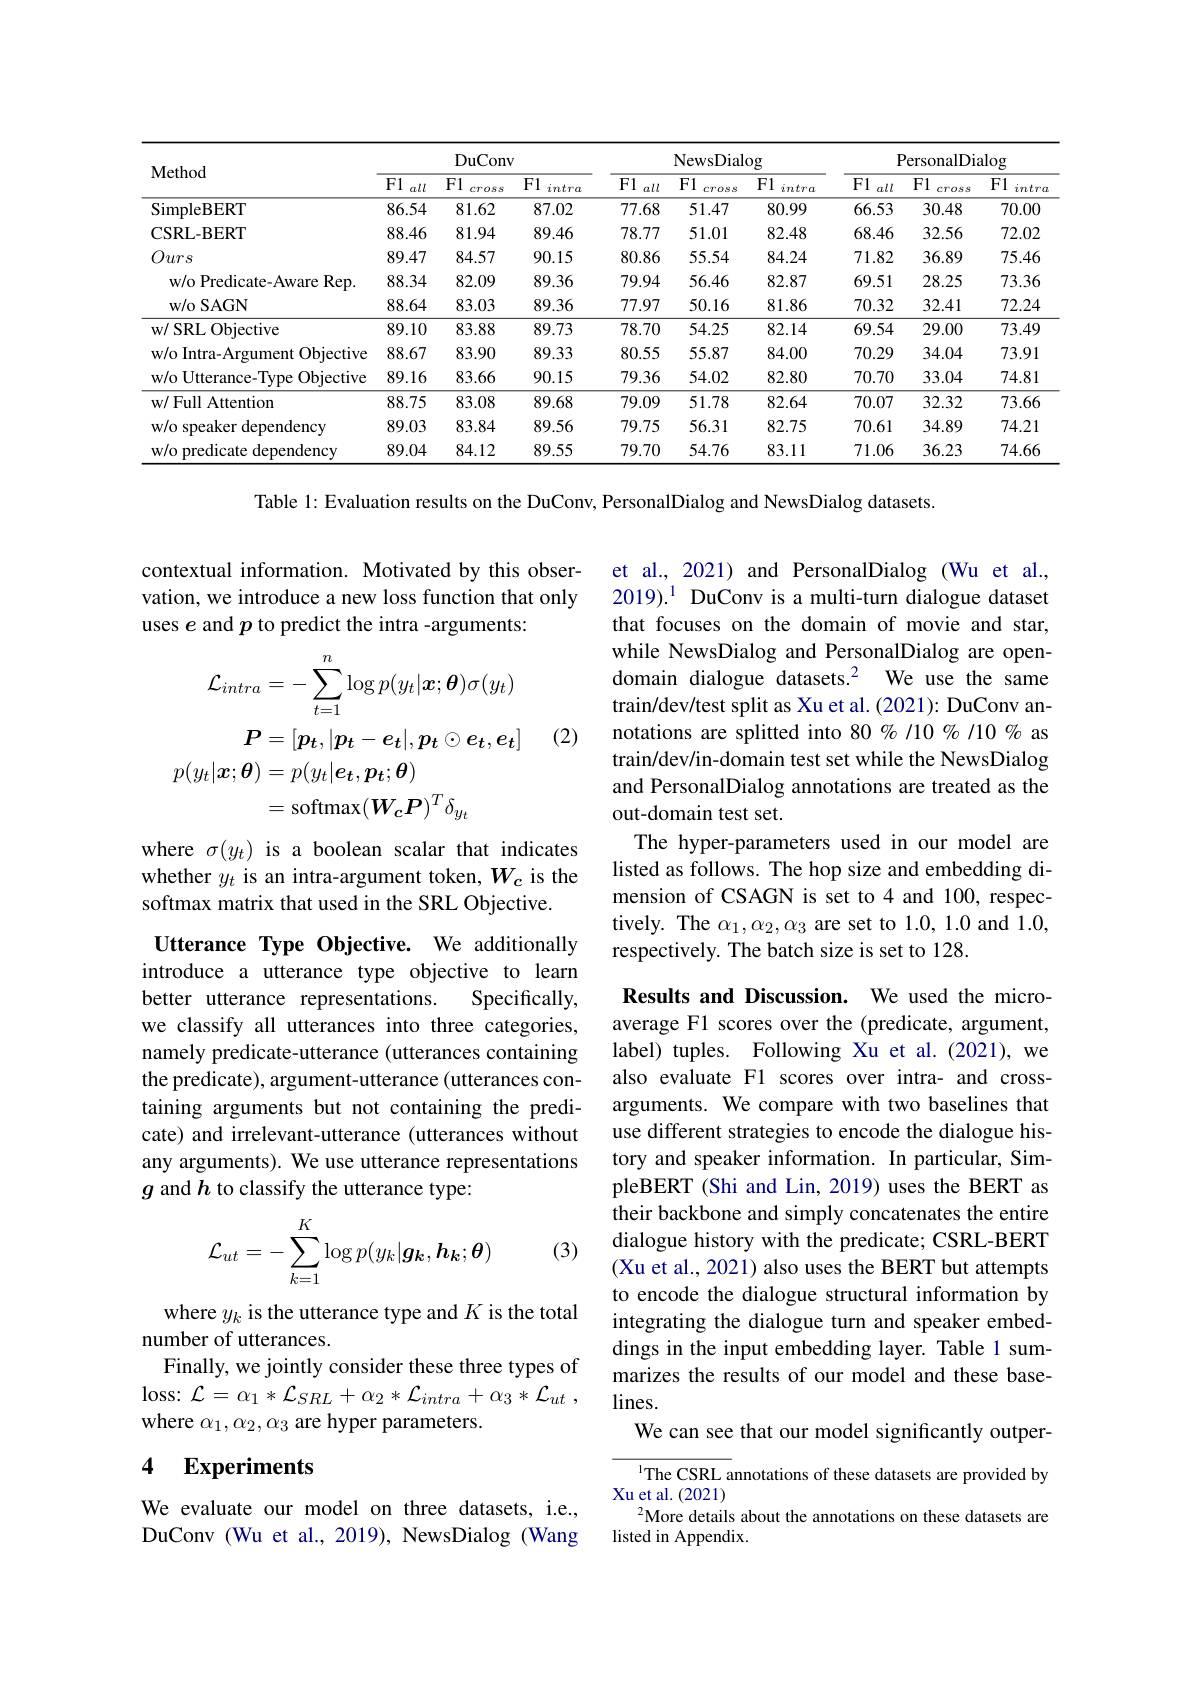
<table>
	<tbody>
		<tr>
			<th rowspan="2">Method</th>
			<th colspan="3">DuConv</th>
			<th colspan="3">NewsDialog</th>
			<th colspan="3">PersonalDialog</th>
		</tr>
		<tr>
			<th>F1 all</th>
			<th>F1 cross</th>
			<th>F1 intra</th>
			<th>F1 all</th>
			<th>F1 cross</th>
			<th>F1 intra</th>
			<th>F1 all</th>
			<th>F1 cross</th>
			<th>F1 intrc</th>
		</tr>
		<tr>
			<td>SimpleBERT</td>
			<td>86.54</td>
			<td>81.62</td>
			<td>87.02</td>
			<td>77.68</td>
			<td>51.47</td>
			<td>80.99</td>
			<td>66.53</td>
			<td>30.48</td>
			<td>70.00</td>
		</tr>
		<tr>
			<td>CSRL- BERT</td>
			<td>88.46</td>
			<td>81.94</td>
			<td>89.46</td>
			<td>78.77</td>
			<td>51.01</td>
			<td>82.48</td>
			<td>68.46</td>
			<td>32.56</td>
			<td>72.02</td>
		</tr>
		<tr>
			<td>Ours</td>
			<td>89.47</td>
			<td>84.57</td>
			<td>90.15</td>
			<td>80.86</td>
			<td>55.54</td>
			<td>84.24</td>
			<td>71.82</td>
			<td>36.89</td>
			<td>75.46</td>
		</tr>
		<tr>
			<td>w/o Predicate-Aware Rep.</td>
			<td>88.34</td>
			<td>82.09</td>
			<td>89.36</td>
			<td>79.94</td>
			<td>56.46</td>
			<td>82.87</td>
			<td>69.51</td>
			<td>28.25</td>
			<td>73.36</td>
		</tr>
		<tr>
			<td>$\mathbf{w}/$o SAGN</td>
			<td>88.64</td>
			<td>83.03</td>
			<td>89.36</td>
			<td>77.97</td>
			<td>50.16</td>
			<td>81.86</td>
			<td>70.32</td>
			<td>32.41</td>
			<td>72.24</td>
		</tr>
		<tr>
			<td>w/ SRL Objective</td>
			<td>89.10</td>
			<td>83.88</td>
			<td>89.73</td>
			<td>78.70</td>
			<td>54.25</td>
			<td>82.14</td>
			<td>69.54</td>
			<td>29.00</td>
			<td>73.49</td>
		</tr>
		<tr>
			<td>w/o Intra-Argument Objective</td>
			<td>88.67</td>
			<td>83.90</td>
			<td>89.33</td>
			<td>80.55</td>
			<td>55.87</td>
			<td>84.00</td>
			<td>70.29</td>
			<td>34.04</td>
			<td>73.91</td>
		</tr>
		<tr>
			<td>w/o Utterance-Type Objective</td>
			<td>89.16</td>
			<td>83.66</td>
			<td>90.15</td>
			<td>79.36</td>
			<td>54.02</td>
			<td>82.80</td>
			<td>70.70</td>
			<td>33.04</td>
			<td>74.81</td>
		</tr>
		<tr>
			<td>w/ Full Attention</td>
			<td>88.75</td>
			<td>83.08</td>
			<td>89.68</td>
			<td>79.09</td>
			<td>51.78</td>
			<td>82.64</td>
			<td>70.07</td>
			<td>32.32</td>
			<td>73.66</td>
		</tr>
		<tr>
			<td>w/o speaker dependency</td>
			<td>89.03</td>
			<td>83.84</td>
			<td>89.56</td>
			<td>79.75</td>
			<td>56.31</td>
			<td>82.75</td>
			<td>70.61</td>
			<td>34.89</td>
			<td>74.21</td>
		</tr>
		<tr>
			<td>w/o predicate dependency</td>
			<td>89.04</td>
			<td>84.12</td>
			<td>89.55</td>
			<td>79.70</td>
			<td>54.76</td>
			<td>83.11</td>
			<td>71.06</td>
			<td>36.23</td>
			<td>74.66</td>
		</tr>
	</tbody>
</table>

Table 1: Evaluation results on the DuConv, PersonalDialog and NewsDialog datasets.

contextual information. Motivated by this observation, we introduce a new loss function that only uses $e$ and $p$ to predict the intra -arguments:
$$\begin{aligned}\mathcal{L}_{intra}&=-\sum_{t=1}^{n}\log p(y_{t}|\boldsymbol{x};\boldsymbol{\theta})\sigma(y_{t})\\\boldsymbol{P}&=[\boldsymbol{p_{t}},|\boldsymbol{p_{t}}-\boldsymbol{e_{t}}|,\boldsymbol{p_{t}}\odot\boldsymbol{e_{t}},\boldsymbol{e_{t}}]\\o(y_{t}|\boldsymbol{x};\boldsymbol{\theta})&=p(y_{t}|\boldsymbol{e_{t}},\boldsymbol{p_{t}};\boldsymbol{\theta})\\&=\mathrm{softmax}(\boldsymbol{W_{c}}\boldsymbol{P})^{T}\delta_{y_{t}}\end{aligned}$$
(2)

et al., 2021) and PersonalDialog (Wu et al., 2019).$^{1}$ DuConv is a multi-turn dialogue dataset that focuses on the domain of movie and star, while NewsDialog and PersonalDialog are opendomain dialogue datasets.$^{2}$ We use the same train/dev/test split as Xu et al. (2021): DuConv annotations are splitted into 80%/10%/10% as train/dev/in-domain test set while the NewsDialog and PersonalDialog annotations are treated as the out-domain test set.
The hyper-parameters used in our model are listed as follows. The hop size and embedding dimension of CSAGN is set to 4 and 100, respectively. The $\alpha_1,\alpha_2,\alpha_3$ are set to 1.0, 1.0 and 1.0, respectively. The batch size is set to 128.

where $\sigma(y_t)$ is a boolean scalar that indicates whether $y_t$ is an intra-argument token, $W_c$ is the softmax matrix that used in the SRL Objective.

Utterance Type Objective. We additionally introduce a utterance type objective to learn better utterance representations.
Specifically,
we classify all utterances into three categories, namely predicate-utterance (utterances containing the predicate), argument-utterance(utterances containing arguments but not containing the predicate) and irrelevant-utterance (utterances without any arguments). We use utterance representations $g$ and $h$ to classify the utterance type:

Results and Discussion. We used the microaverage F1 scores over the (predicate, argument, label) tuples. Following Xu et al.(2021), we also evaluate F1 scores over intra- and crossarguments. We compare with two baselines that use different strategies to encode the dialogue history and speaker information. In particular, SimpleBERT (Shi and Lin, 2019) uses the BERT as their backbone and simply concatenates the entire dialogue history with the predicate; CSRL-BERT (Xu et al., 2021) also uses the BERT but attempts to encode the dialogue structural information by integrating the dialogue turn and speaker embeddings in the input embedding layer. Table 1 summarizes the results of our model and these base- $lines.$
We can see that our model significantly outper-

(3)
$$\mathcal{L}_{ut}=-\sum_{k=1}^K\log p(y_k|\boldsymbol{g_k},\boldsymbol{h_k};\boldsymbol{\theta})$$
where $y_k$ is the utterance type and $K$ is the total
number of utterances.
Finally, we jointly consider these three types of loss: $\mathcal{L} = \alpha _{1}* \mathcal{L} _{SRL}+ \alpha _{2}* \mathcal{L} _{intra}+ \alpha _{3}* \mathcal{L} _{ut}$ , where $\alpha_1,\alpha_2,\alpha_3$ are hyper parameters.

## 4 $\textbf{Experiments}$

IThe CSRL annotations of these datasets are provided by
Xu et al. (2021)
$^2$More details about the annotations on these datasets are
listed in Appendix.

We evaluate our model on three datasets, i.e., DuConv (Wu et al., 2019), NewsDialog (Wang